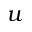
u